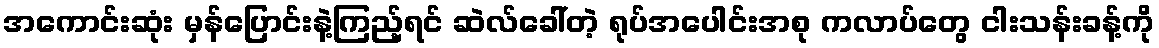
အကောင်းဆုံး မှန်ပြောင်းနဲ့ကြည့်ရင် ဆဲလ်ခေါ်တဲ့ ရုပ်အပေါင်းအစု ကလာပ်တွေ ငါးသန်းခန့်ကို